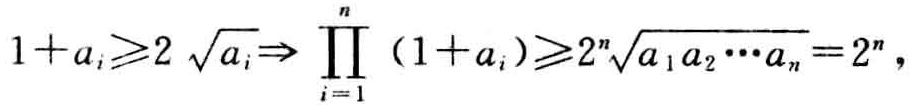
\(1 + a_{i} \geq 2\sqrt{a_{i}} \Rightarrow \prod_{i = 1}^{n}(1 + a_{i}) \geq 2^{n}\sqrt{a_{1}a_{2}\cdots a_{n}} = 2^{n}\)